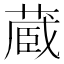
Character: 蔵